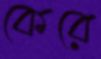
কেরে